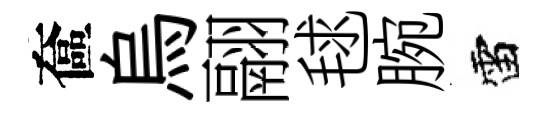
奩烏翮毬腕雷